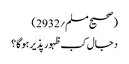
(صحیح مسلم؍2932)
دجال کب ظہور پذیر ہوگا؟